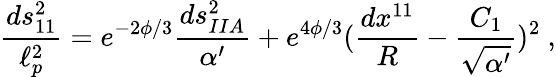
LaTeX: {\frac{ds_{11}^{2}}{\ell_{p}^{2}}}=e^{-2\phi/3}{\frac{ds_{IIA}^{2}}{\alpha^{\prime}}}+e^{4\phi/3}({\frac{dx^{11}}{R}}-{\frac{C_{1}}{\sqrt{\alpha^{\prime}}}})^{2}\ ,